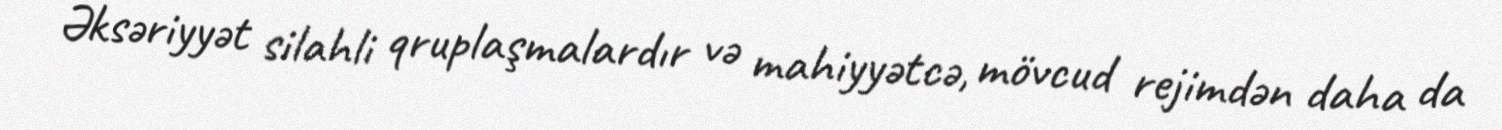
Əksəriyyət silahli qruplaşmalardır və mahiyyətcə, mövcud rejimdən daha da